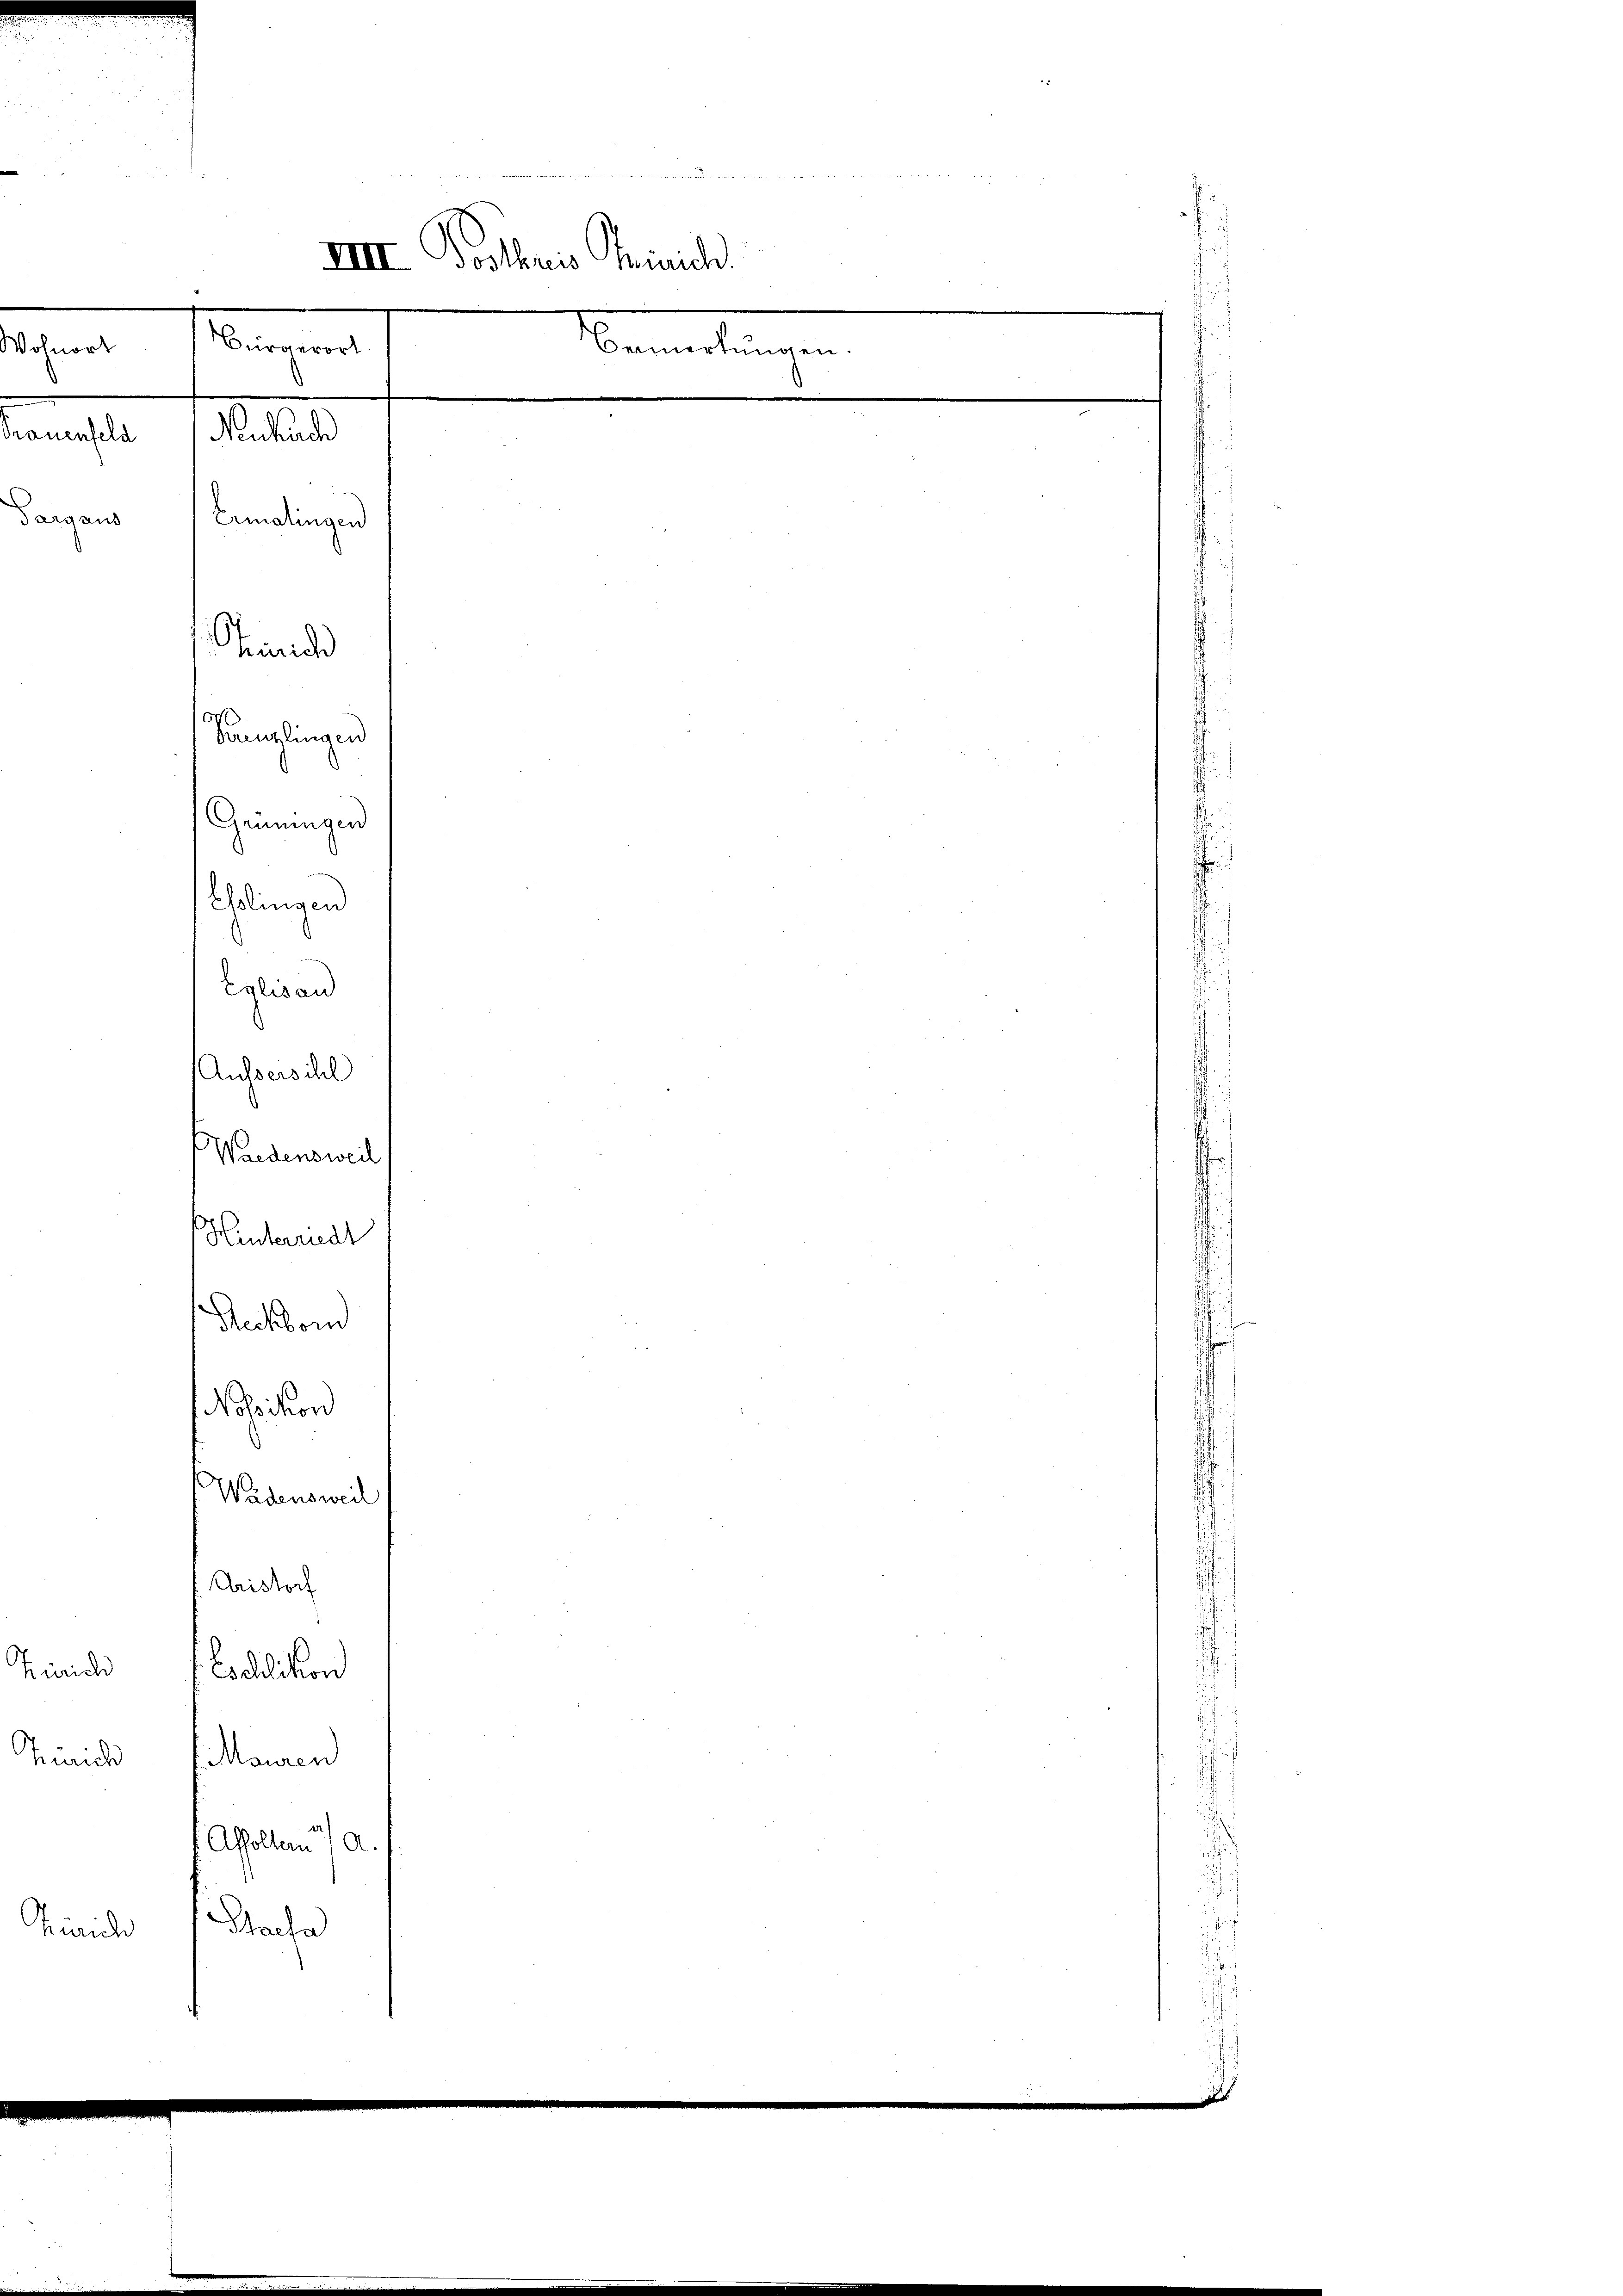
rauenfeld Nenkuch
Ermatingen
Gerich
Kanzlingen
Gemeingen
Eslingen
d

Targaus

Hinterriedt
Reckborn
Noßikon
d
Wädensweil
Aristorf
Zürich
Eschlikon
hurich
Mauren
Affolten / a.
Macha
Gerich

u

d
VIII Postkreis Trinich
Bürgerort.
Namentlangen
Vohnort

Eglisau
Ausserschl
Wiedensweil